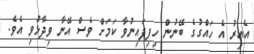
އެއިރު އެ ހައްގުގެ ބޭނުން ހިފިފައިނުވާ ކަމަށް ވެސް އޭނާ ވިދާޅުވި އެވެ.